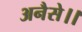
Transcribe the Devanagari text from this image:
अनैसे।।